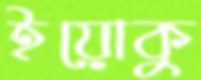
ইয়োকু